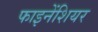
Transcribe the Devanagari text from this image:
फाइनेंशियर